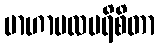
ဗာဟာဗလပရိစိတာ